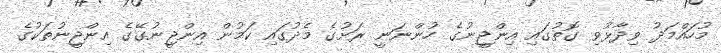
މުހައްމަދު ވިދާޅުވި ގޮތުގައި އިންޖީނުގެ ހުންނަނީ ރަށުގެ މެދުގައި ކަަމުން އިންޖީނުގޭގެ އިންޖީނުތަކުގެ